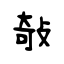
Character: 敧